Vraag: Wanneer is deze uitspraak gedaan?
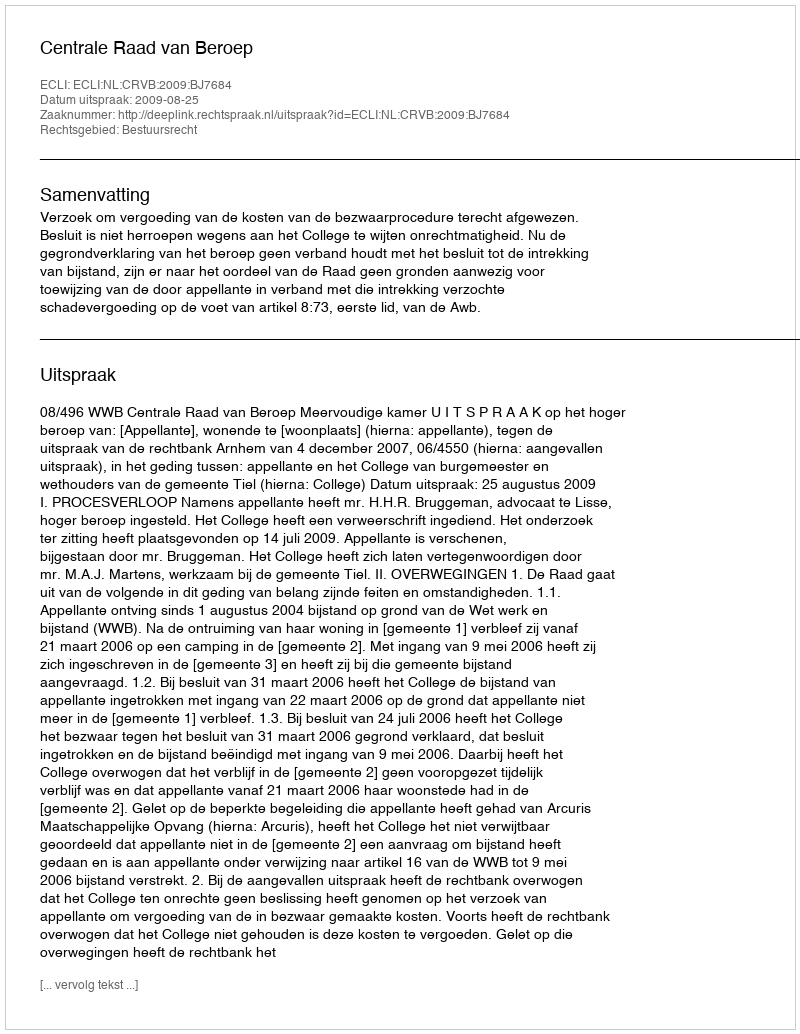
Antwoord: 2009-08-25